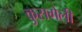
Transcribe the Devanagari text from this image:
कुसगेली